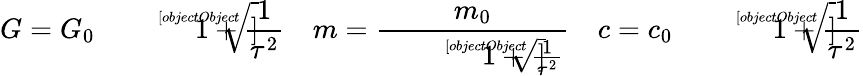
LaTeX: G=G_{0}{\sqrt[[objectObject]]{1+{\frac{1}{\tau^{2}}}}}\quad m={\frac{m_{0}}{\sqrt[[objectObject]]{1+{\frac{1}{\tau^{2}}}}}}\quad c=c_{0}{\sqrt[[objectObject]]{1+{\frac{1}{\tau^{2}}}}}